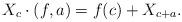
LaTeX: \begin{align*}X_c \cdot (f,a)=f(c)+X_{c+a}.\end{align*}